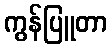
ကွန်ပြူတာ